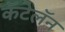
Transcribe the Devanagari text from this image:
कॅटेलॅन